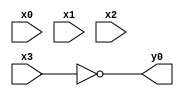
module top( x0 , x1 , x2 , x3 , y0 );
  input x0 , x1 , x2 , x3 ;
  output y0 ;
  assign y0 = ~x3 ;
endmodule